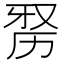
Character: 𭄮